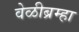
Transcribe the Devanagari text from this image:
वेळीब्रम्हा